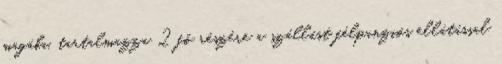
magába, tartalmazza 2 fõ részére a szállást félpanziós ellátással